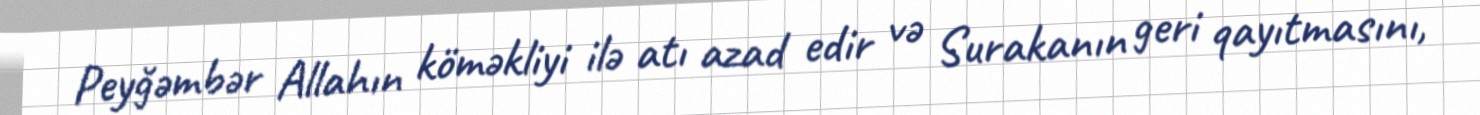
Peyğəmbər Allahın köməkliyi ilə atı azad edir və Surakanın geri qayıtmasını,